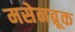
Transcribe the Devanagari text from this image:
मसेनब्रूक